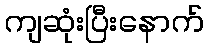
ကျဆုံးပြီးနောက်